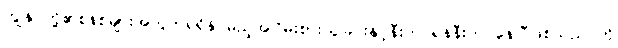
ကျွန်ုပ်တို့၏စနစ်များအတွက်ရရှိနိုင်မည့်အငြိမ်းစားယူခြင်းနှင့်နီးကပ်ရန်နီးကပ်နေပြီဖြစ်သည် ကို